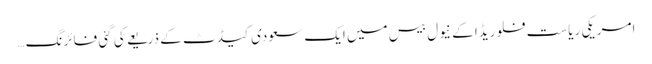
امریکی ریاست فلوریڈا کے نیول بیس میں ایک سعودی کیڈٹ کے ذریعے کی گئی فائرنگ …